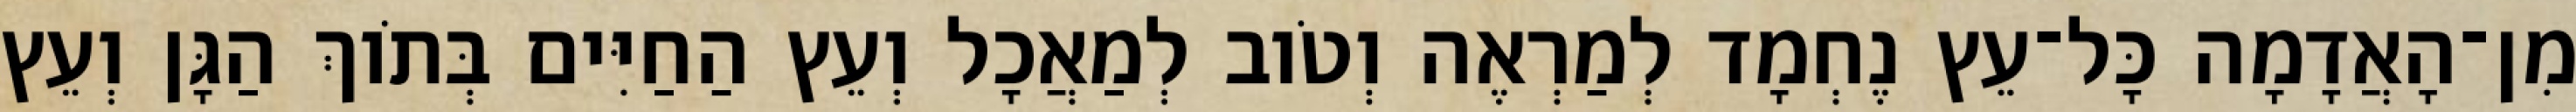
מִן־הָאֲדָמָה כָּל־עֵץ נֶחְמָד לְמַרְאֶה וְטֹוב לְמַאֲכָל וְעֵץ הַחַיִּים בְּתֹוךְ הַגָּן וְעֵץ